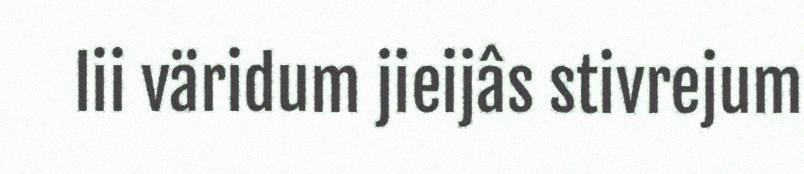
lii väridum jieijâs stivrejum